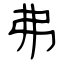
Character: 弗